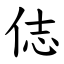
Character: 俧